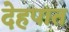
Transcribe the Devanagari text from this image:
देहपात